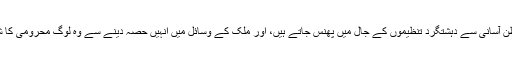
وزارت داخلہ کو لگتا ہے کہ غیر قانونی تارکین وطن آسانی سے دہشتگرد تنظیموں کے جال میں پھنس جاتے ہیں، اور ملک کے وسائل میں انہیں حصہ دینے سے وہ لوگ محرومی کا شکار ہوسکتے ہیں جن کا ان وسائل پر پہلا حق ہے۔